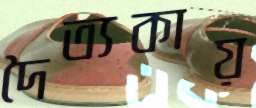
দৈত্যকায়